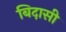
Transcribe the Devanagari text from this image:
बिदासी